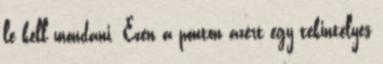
le kell mondani. Ezen a ponton azért egy tekintélyes